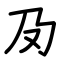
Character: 夃